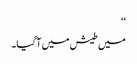
‘‘
میں طیش میں آگیا۔